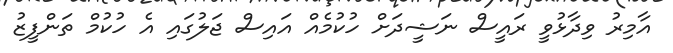
އާމިރު ވިދާޅުވީ ރައީސް ނަޝީދަށް ހުކުމެއް އައިސް ޖަލުގައި އެ ހުކުމް ތަންފީޒު